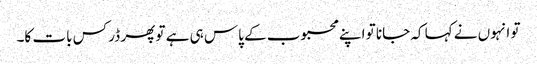
تو انہوں نے کہا کہ جانا تو اپنے محبوب کے پاس ہی ہے تو پھر ڈر کس بات کا۔